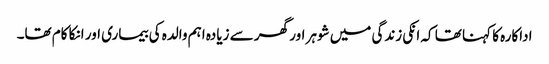
اداکارہ کا کہنا تھا کہ انکی زندگی میں شوہر اور گھر سے زیادہ اہم والدہ کی بیماری اور انکا کام تھا۔